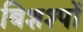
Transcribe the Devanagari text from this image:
बिशश्पों